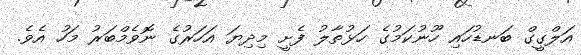
އަލްގީގް ބަނޑުހައި ހޫނުކަމުގެ ހަޅުތާލު ފެށީ މިދިޔަ އަހަރުގެ ނޮވެމްބަރު މަހު އެވެ.